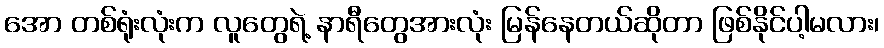
အော တစ်ရုံးလုံးက လူတွေရဲ့ နာရီတွေအားလုံး မြန်နေတယ်ဆိုတာ ဖြစ်နိုင်ပါ့မလား၊